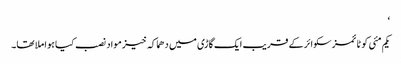
‘
یکم مئی کو ٹائمزسکوائر کے قریب ایک گاڑی میں دھماکہ خیز مواد نصب کیا ہوا ملا تھا۔